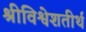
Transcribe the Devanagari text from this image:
श्रीविश्वेशतीर्थ